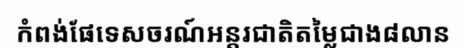
កំពង់ផែទេសចរណ៍អន្តរជាតិតម្លៃជាង៨លាន